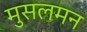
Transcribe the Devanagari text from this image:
मुसलमन